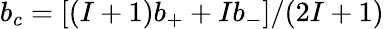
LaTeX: b_{c}={[(I+1)b_{+}+Ib_{-}]}/{(2I+1)}